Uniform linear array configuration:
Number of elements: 24
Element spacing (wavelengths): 0.75
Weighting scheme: hamming
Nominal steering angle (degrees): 15
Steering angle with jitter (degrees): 13.928
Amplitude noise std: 0.05
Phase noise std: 0.05

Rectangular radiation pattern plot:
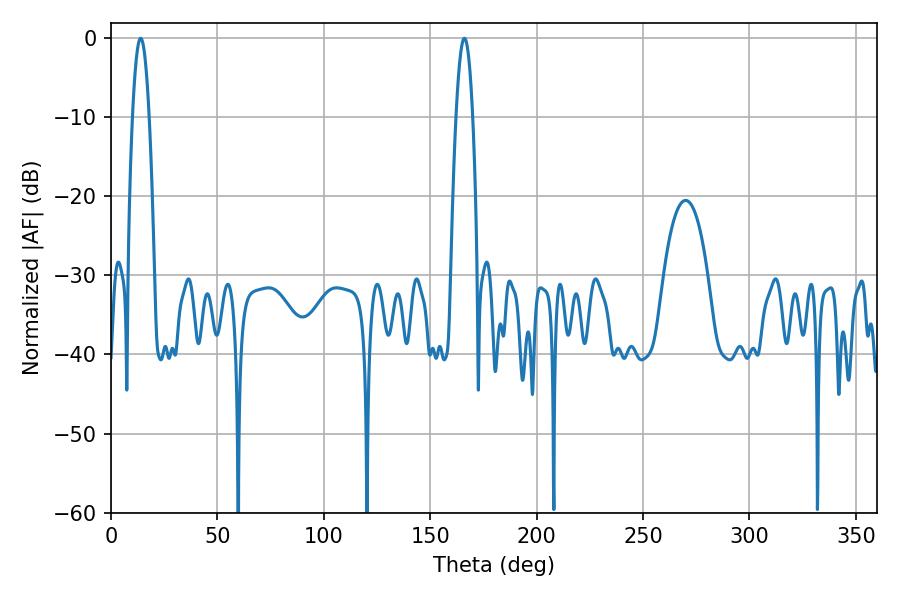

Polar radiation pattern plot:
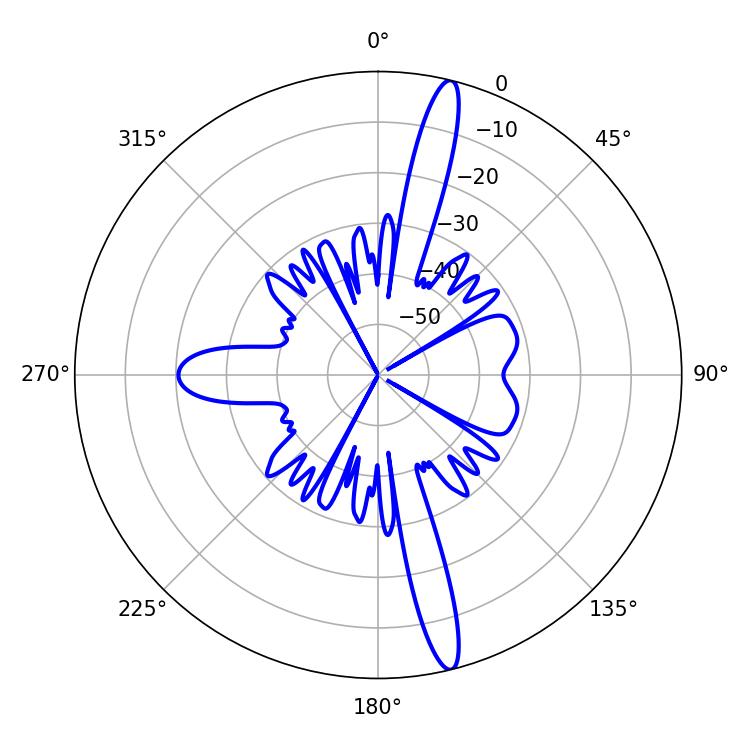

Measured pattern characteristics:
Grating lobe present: TRUE
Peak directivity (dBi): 17.239
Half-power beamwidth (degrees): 4.14
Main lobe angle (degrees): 13.86